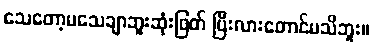
သေတော့မသေချာဘူးဆုံးဖြတ် ပြီးလားတောင်မသိဘူး။